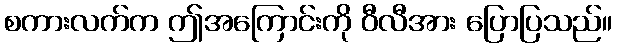
စကားလက်က ဤအကြောင်းကို ဝီလီအား ပြောပြသည်။